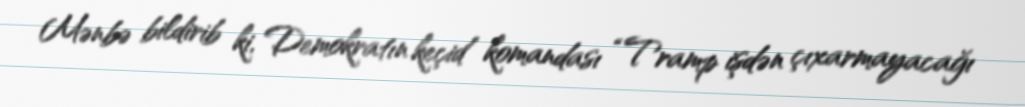
Mənbə bildirib ki, Demokratın keçid komandası “Tramp işdən çıxarmayacağı